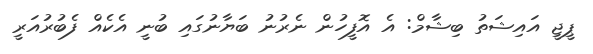
ޕީޖީ އައިޝަތު ބިޝާމް: އެ އޮފީހުން ނެރުނު ބަޔާނުގައި ބުނީ އެކެއް ފެބުރުއަރީ